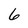
Character: 6